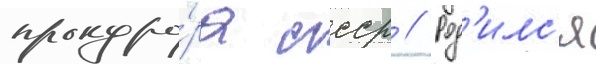
прокуро́ра ссср // Род'илс'я